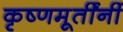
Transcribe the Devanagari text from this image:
कृष्णमूर्तींनीं